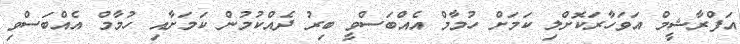
އަފްރާޝީމް އަވަހާރަކޮށްލި ކަމަށް ހުމާމް އެއްބަސްވީ ބިރު ދެއްކުމުން ކަމަށާއި ހުމާމް އެއްބަސްވި